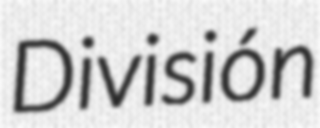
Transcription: División